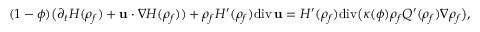
( 1 - \phi ) \big ( \partial _ { t } { H } ( { \rho } _ { f } ) + { \bf u } \cdot \nabla { H } ( { \rho } _ { f } ) ) + { \rho } _ { f } { H } ^ { \prime } ( { \rho } _ { f } ) \mathrm { d i v } \, { \bf u } = { H } ^ { \prime } ( { \rho } _ { f } ) \mathrm { d i v } \big ( \kappa ( \phi ) { \rho } _ { f } { Q } ^ { \prime } ( { \rho } _ { f } ) \nabla { \rho } _ { f } \big ) ,